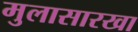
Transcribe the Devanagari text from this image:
मुलासारखा